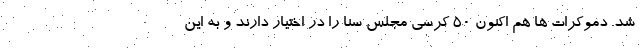
شد. دموکرات ها هم اکنون ۵۰ کرسی مجلس سنا را در اختیار دارند و به این